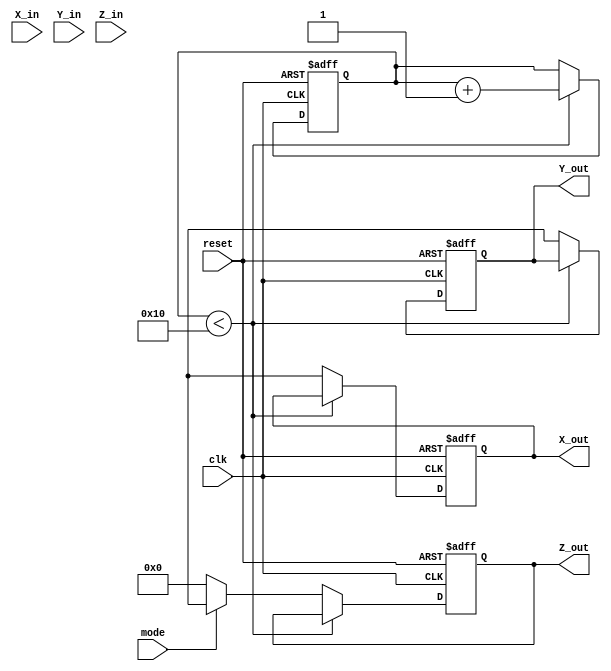
module modified_cordic #(
    parameter WIDTH = 16,          // Width of fixed-point representation
    parameter ITERATIONS = 16      // Number of iterations for precision
)(
    input wire clk,
    input wire reset,
    input wire [WIDTH-1:0] X_in,
    input wire [WIDTH-1:0] Y_in,
    input wire [WIDTH-1:0] Z_in,
    input wire mode,               // 0: rotation, 1: vectoring
    output reg [WIDTH-1:0] X_out,
    output reg [WIDTH-1:0] Y_out,
    output reg [WIDTH-1:0] Z_out
);

    // Internal signals
    reg [WIDTH-1:0] x_reg [0:ITERATIONS-1];
    reg [WIDTH-1:0] y_reg [0:ITERATIONS-1];
    reg [WIDTH-1:0] z_reg [0:ITERATIONS-1];
    reg [WIDTH-1:0] atan_lut [0:ITERATIONS-1]; // Look-up table for arctan values
    reg [4:0] iteration; // Iteration counter

    // Initialize the arctan LUT
    initial begin
        // Populate the LUT with arctan(1/2^n) values
        atan_lut[0] = 16'h2000; // arctan(1) = /4
        atan_lut[1] = 16'h1000; // arctan(1/2)
        atan_lut[2] = 16'h0800; // arctan(1/4)
        // Continue filling the LUT for more iterations...
        // atan_lut[n] = arctan(1/2^n)
    end

    // CORDIC computation process
    always @(posedge clk or posedge reset) begin
        if (reset) begin
            X_out <= 0;
            Y_out <= 0;
            Z_out <= 0;
            iteration <= 0;
        end else if (iteration < ITERATIONS) begin
            // Load initial values
            if (iteration == 0) begin
                x_reg[0] <= X_in;
                y_reg[0] <= Y_in;
                z_reg[0] <= Z_in;
            end
            
            // Perform CORDIC iteration
            if (mode == 0) begin // Rotation mode
                if (z_reg[iteration] < 0) begin
                    x_reg[iteration + 1] <= x_reg[iteration] + (y_reg[iteration] >>> iteration);
                    y_reg[iteration + 1] <= y_reg[iteration] - (x_reg[iteration] >>> iteration);
                    z_reg[iteration + 1] <= z_reg[iteration] + atan_lut[iteration];
                end else begin
                    x_reg[iteration + 1] <= x_reg[iteration] - (y_reg[iteration] >>> iteration);
                    y_reg[iteration + 1] <= y_reg[iteration] + (x_reg[iteration] >>> iteration);
                    z_reg[iteration + 1] <= z_reg[iteration] - atan_lut[iteration];
                end
            end else begin // Vectoring mode
                if (y_reg[iteration] < 0) begin
                    x_reg[iteration + 1] <= x_reg[iteration] + (y_reg[iteration] >>> iteration);
                    y_reg[iteration + 1] <= y_reg[iteration] - (x_reg[iteration] >>> iteration);
                    z_reg[iteration + 1] <= z_reg[iteration] + atan_lut[iteration];
                end else begin
                    x_reg[iteration + 1] <= x_reg[iteration] - (y_reg[iteration] >>> iteration);
                    y_reg[iteration + 1] <= y_reg[iteration] + (x_reg[iteration] >>> iteration);
                    z_reg[iteration + 1] <= z_reg[iteration] - atan_lut[iteration];
                end
            end
            
            // Increment iteration counter
            iteration <= iteration + 1;
        end else begin
            // Final output after all iterations
            X_out <= x_reg[ITERATIONS];
            Y_out <= y_reg[ITERATIONS];
            Z_out <= (mode == 1) ? z_reg[ITERATIONS] : 0; // Only valid in vectoring mode
        end
    end

endmodule